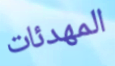
المهدئات